Voisiku_vallavalitsus, lk 17
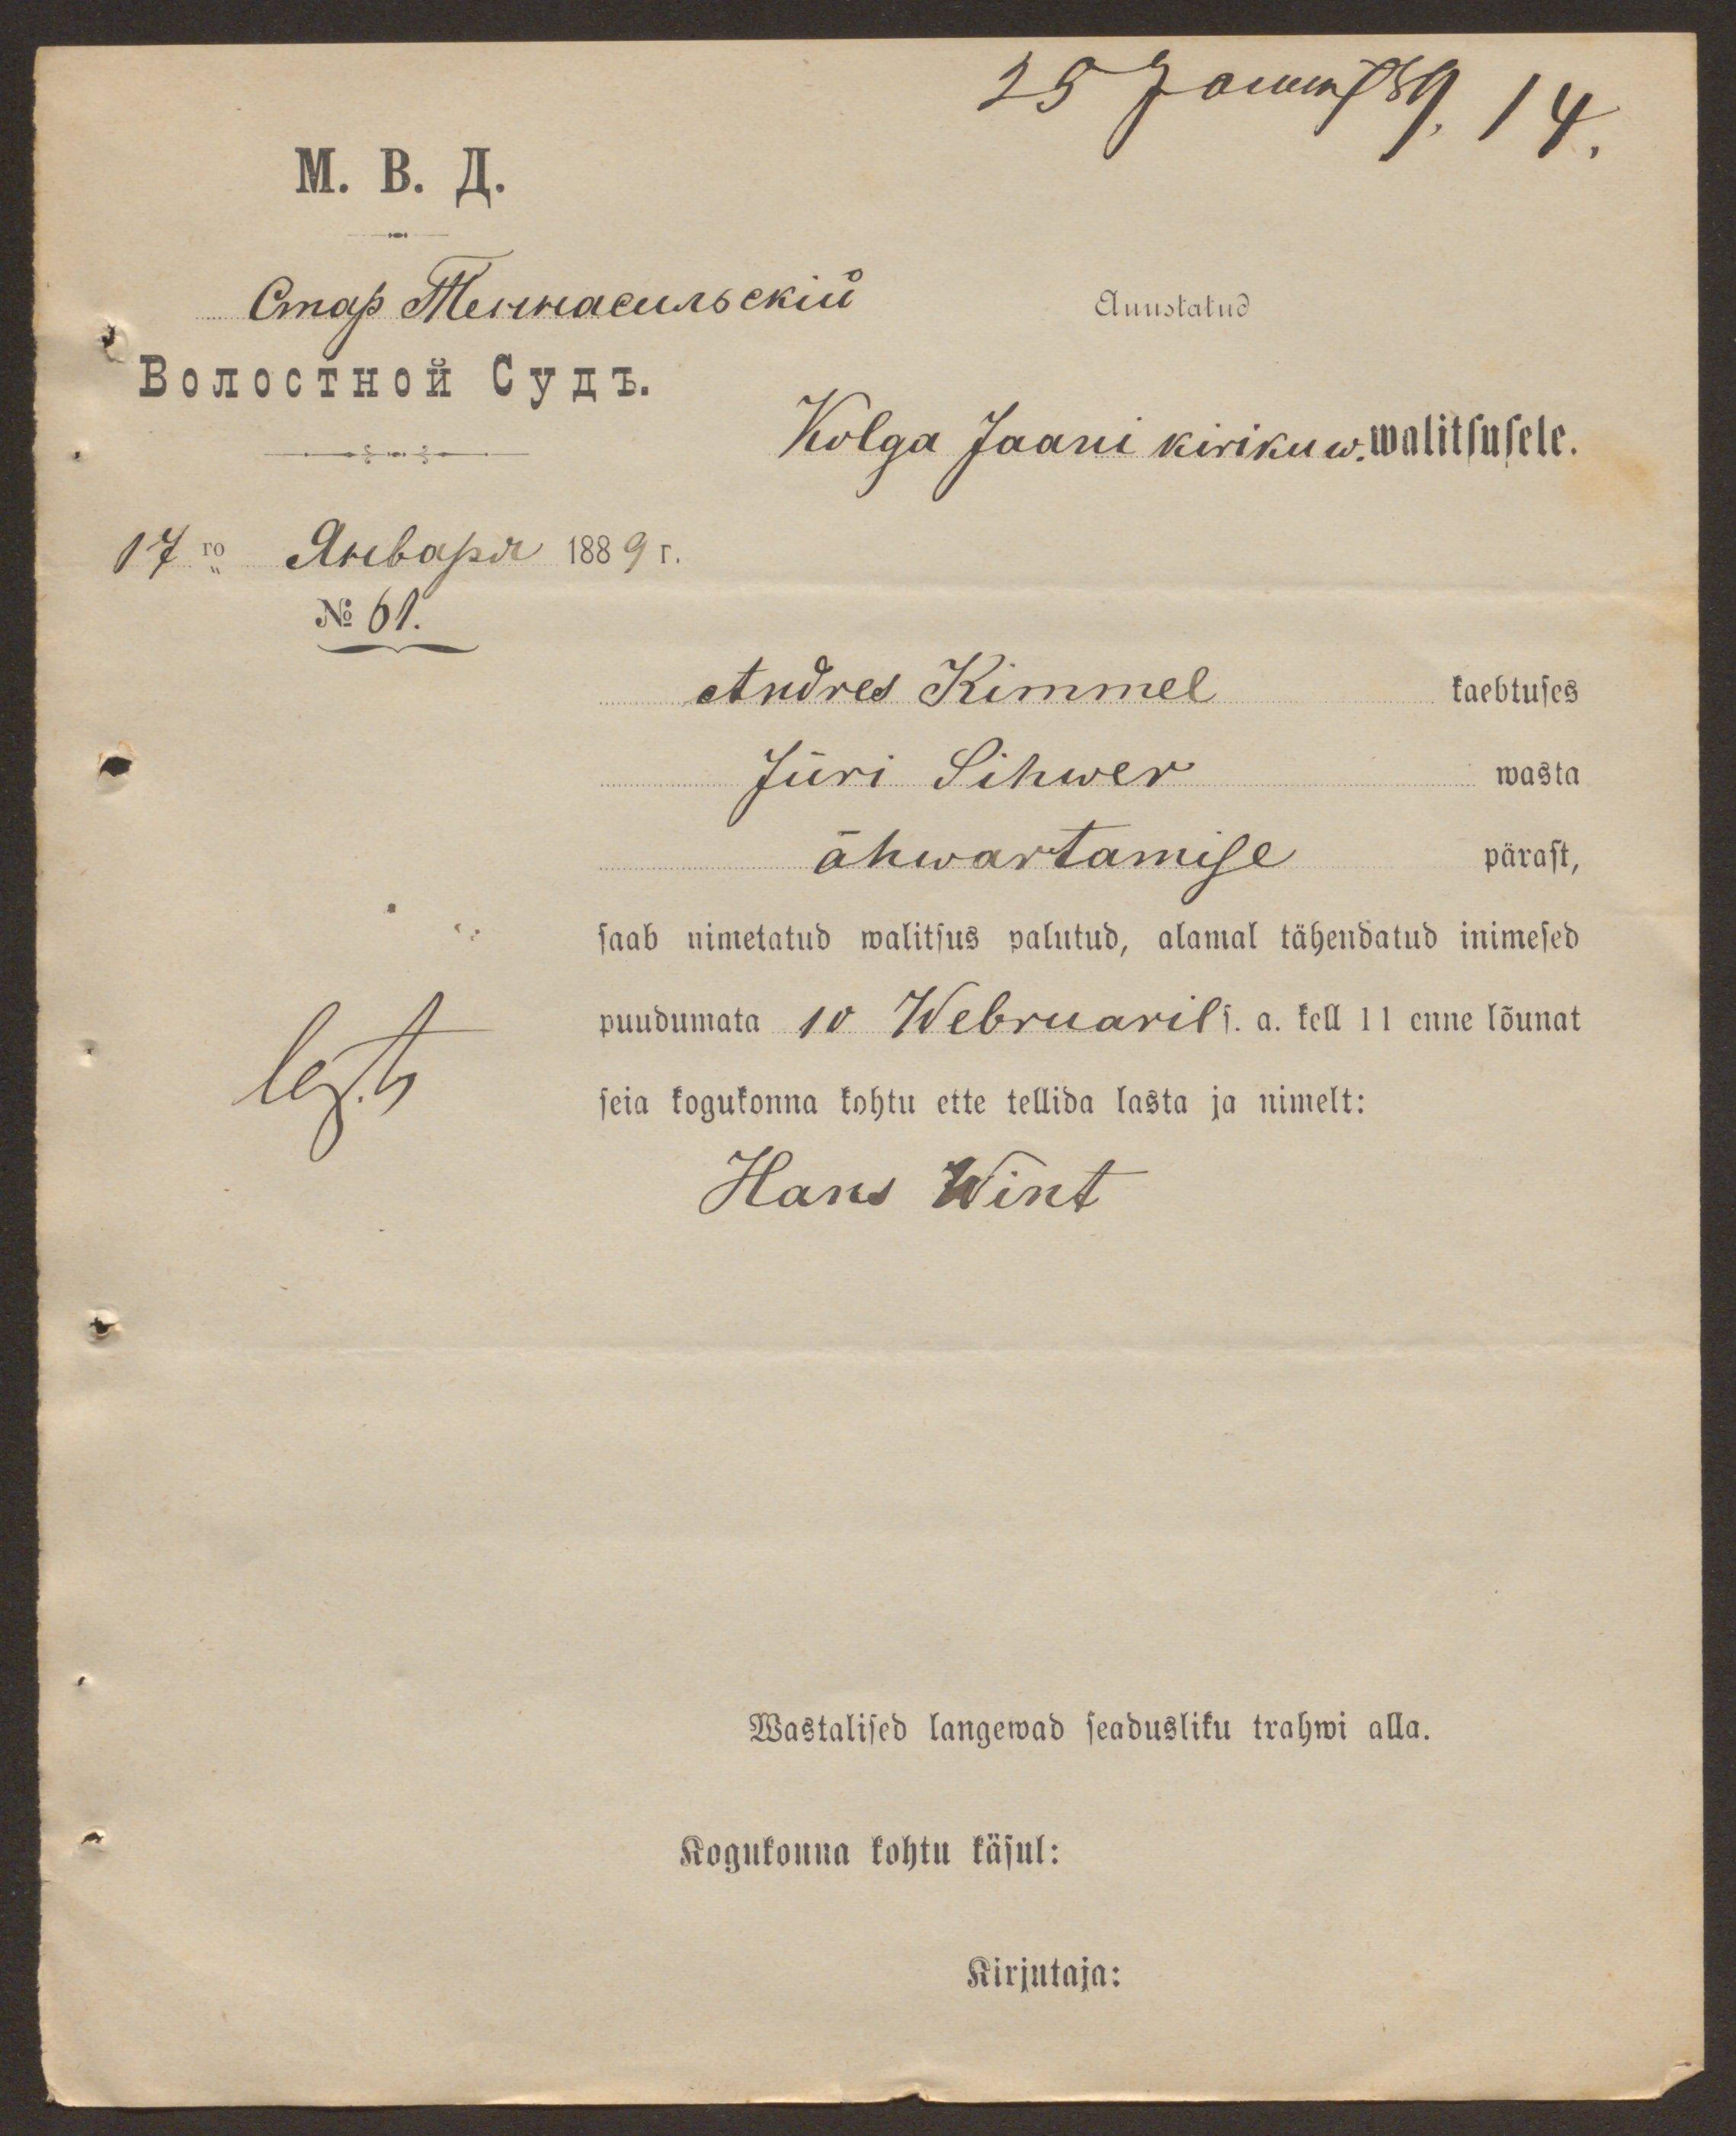
19 Januar 89 14
Auustatud
Kolga Jaani kirikuw. walitsusele.
No 61.
Andres Kimmel kaebtuses
Jüri Sihwer wasta
ähwartamise pärast,
saab nimetatud walitsus palutud, alamal tähendatud inimesed
leg.ts
puudumata 10 Webruaril s.a. kell 11 enne lõunat
seia kogukonna kohtu ette tellida lasta ja nimelt:
Hans Wint
Wastalised langewad seadusliku trahwi alla.
Kogukonna kohtu käsul:
Kirjutaja: